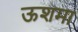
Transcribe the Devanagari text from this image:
ऊशमा